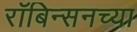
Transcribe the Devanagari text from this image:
रॉबिन्सनच्या